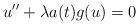
LaTeX: \begin{align*}u'' + \lambda a(t)g(u) = 0\end{align*}